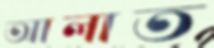
আলাত